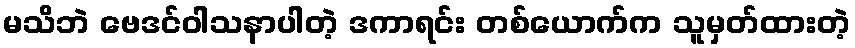
မသိဘဲ ဗေဒင်ဝါသနာပါတဲ့ ဒကာရင်း တစ်ယောက်က သူမှတ်ထားတဲ့